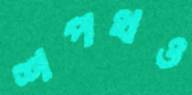
শপথও